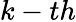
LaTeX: k-th